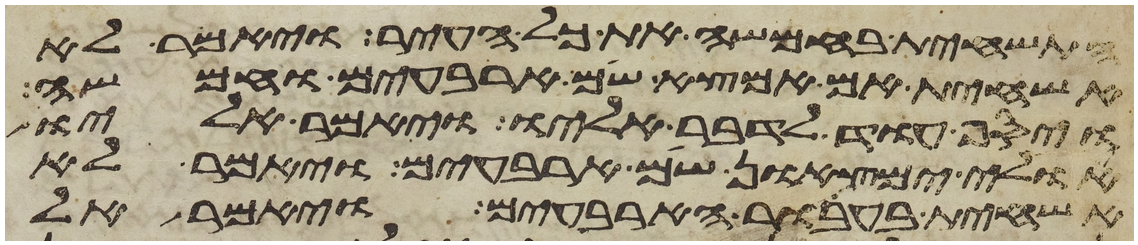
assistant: התשחית בחמשה את כל העיר ויאמר לא
אשחית אם אמצא שם ארבעים וחמשה
ויסף עוד לדבר אליו ויאמר אליו
אולי ימצאון שם ארבעים ויאמר לא
אשחית בעבור הארבעים ויאמר אל